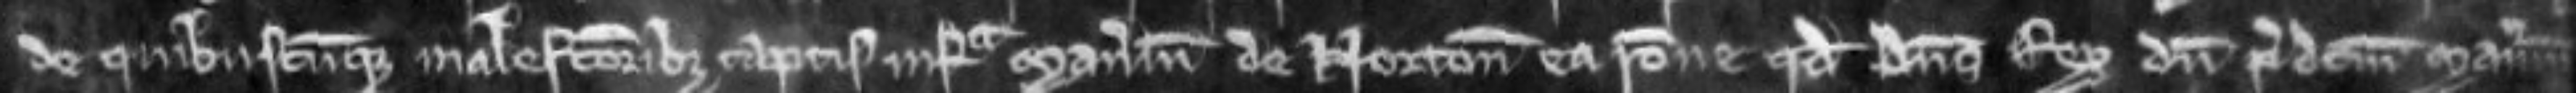
de quibuscunque malefactoribus captis infra manerium de Norton ea racione quod Dominus Rex dum predictum manerium